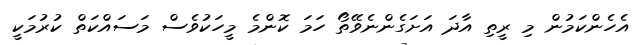
އެހެންކަމުން މި ރީތި އާދަ އަށަގެންނެވޭތޯ ހަމަ ކޮންމެ މީހަކުވެސް މަސައްކަތް ކުރުމަކީ